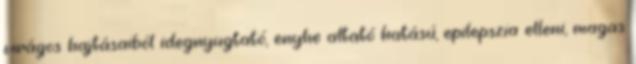
virágos hajtásaiból idegnyugtató, enyhe altató hatású, epilepszia elleni, magas